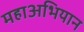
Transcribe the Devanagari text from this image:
महाअभियान